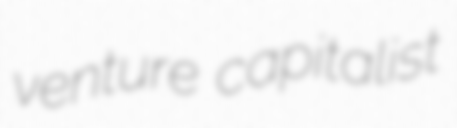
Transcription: venture capitalist